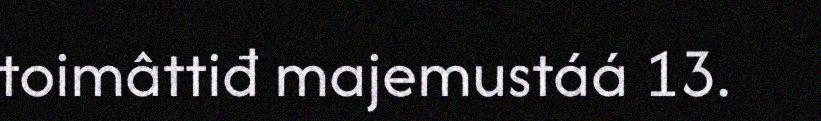
toimâttiđ majemustáá 13.